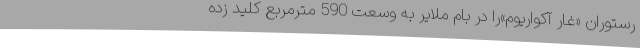
رستوران «غار آکواریوم»را در بام ملایر به وسعت 590 مترمربع کلید زده